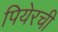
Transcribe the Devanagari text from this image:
पियेरची